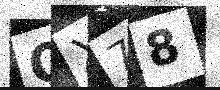
Text: QX78